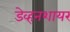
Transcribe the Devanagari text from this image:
डेव्हनशायर